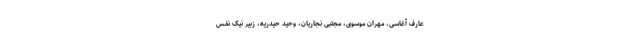
عارف آغاسی، مهران موسوی، مجتبی نجاریان، وحید حیدریه، زبیر نیک نفس